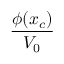
\frac { \phi ( x _ { c } ) } { V _ { 0 } }